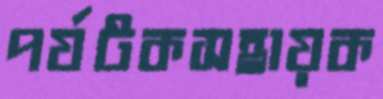
পর্যটকসহায়ক